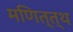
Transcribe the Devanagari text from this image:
मणित्त्थ